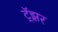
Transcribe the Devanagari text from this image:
ट्रॅझ़र